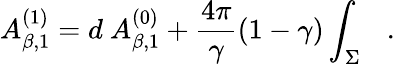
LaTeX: A_{\beta,1}^{(1)}=d~A_{\beta,1}^{(0)}+{\frac{4\pi}{\gamma}}(1-\gamma)\int_{\Sigma}~~~.